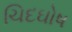
ચિદઘોષ